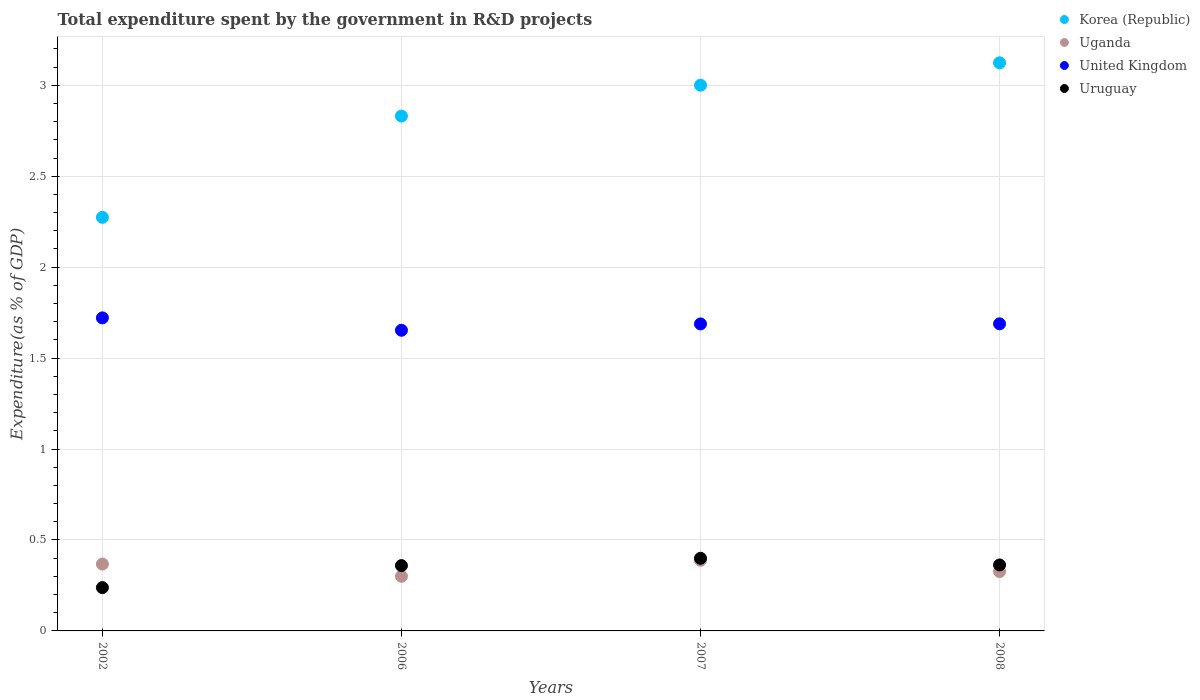
| Years | Korea (Republic) | Uganda | United Kingdom | Uruguay |
 | --- | --- | --- | --- | --- |
 | 2002 | 2.27 | 0.368 | 1.72 | 0.238 |
 | 2006 | 2.83 | 0.3 | 1.65 | 0.359 |
 | 2007 | 3 | 0.388 | 1.69 | 0.399 |
 | 2008 | 3.12 | 0.326 | 1.69 | 0.363 |